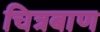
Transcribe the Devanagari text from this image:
चित्रबाण